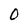
Character: O